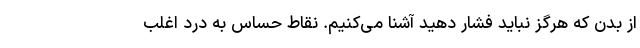
از بدن که هرگز نباید فشار دهید آشنا می‌کنیم. نقاط حساس به درد اغلب